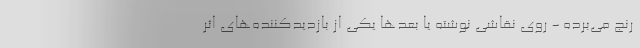
رنج می‌برده - روی نقاشی نوشته یا بعدها یکی از بازدیدکننده‌های اثر